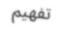
تفھيم